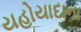
યહોયાદાના